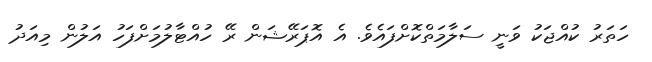
ހަތަރު ކުއްޖަކު ވަނީ ސަލާމަތްކޮށްފައެވެ. އެ އޮޕަރޭޝަން ރޭ ހުއްޓާލުމަށްފަހު އަލުން މިއަދު